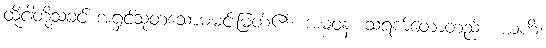
ထိုငါတို့သခင် အရှင်သုတသောမမင်းမြတ်၏။ အမ္ဗဝနံ၊ သရက်တောတည်း။ ယဟိံ၊